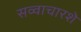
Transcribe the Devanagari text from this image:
सव्वाचारशे